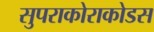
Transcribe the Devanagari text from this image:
सुपराकोराकोडस